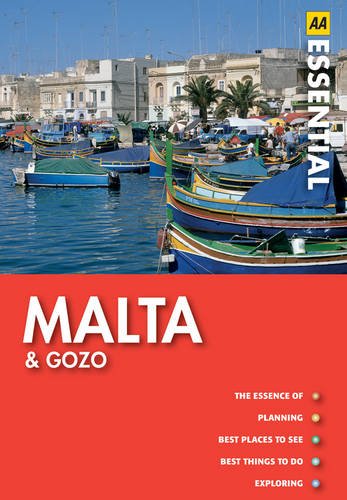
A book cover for Malta and Gozo (AA Essential Guide); Travel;